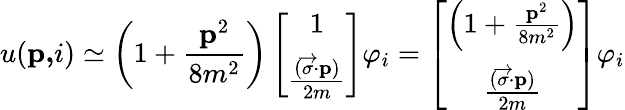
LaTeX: u(\mathbf{p,}i)\simeq\left(1+\frac{\mathbf{p}^{2}}{8m^{2}}\right)\left[\begin{array}{c}{{1}}\\ {{\frac{(\overrightarrow{\mathbf{\sigma}}\mathbf{\cdot p})}{2m}}}\end{array}\right]\varphi_{i}=\left[\begin{array}{c}{{\left(1+\frac{\mathbf{p}^{2}}{8m^{2}}\right)}}\\ {{\frac{(\overrightarrow{\mathbf{\sigma}}\mathbf{\cdot p})}{2m}}}\end{array}\right]\varphi_{i}